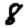
Digit: 8